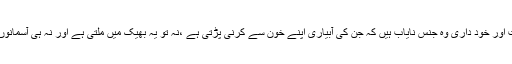
عزت، غیرت ، حمیت اور خود داری وہ جنس نایاب ہیں کہ جن کی آبیاری اپنے خون سے کرنی پڑتی ہے ،نہ تو یہ بھیک میں ملتی ہے اور نہ ہی آسمانوں سے نازل ہوتی ہے۔